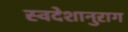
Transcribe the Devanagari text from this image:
स्वदेशानुराग